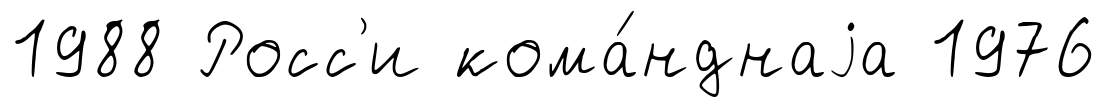
1988 Росс'и кома́нднаjа 1976